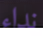
نداء